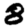
Digit: 8